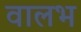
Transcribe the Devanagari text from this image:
वालभ